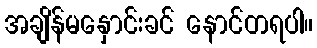
အချိန်မနှောင်းခင် နောင်တရပါ။